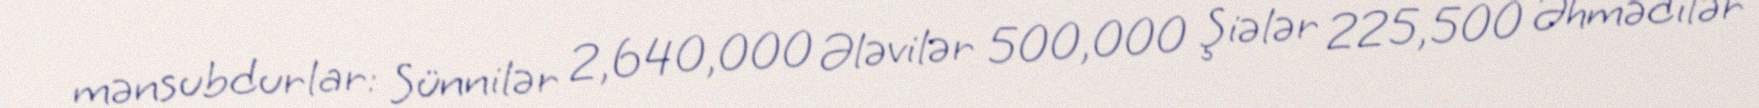
mənsubdurlar: Sünnilər 2,640,000 Ələvilər 500,000 Şiələr 225,500 Əhmədilər